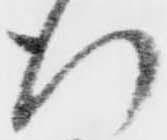
行